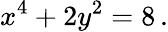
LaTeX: x^{4}+2y^{2}=8\, .